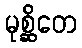
မုစ္ဆိတေ